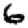
Digit: 6